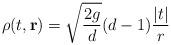
LaTeX: \begin{align*}\rho(t,{\bf r})=\sqrt{2g\over d}(d-1){|t|\over r}\end{align*}